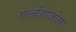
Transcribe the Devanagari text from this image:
एल्बेंडोजोल